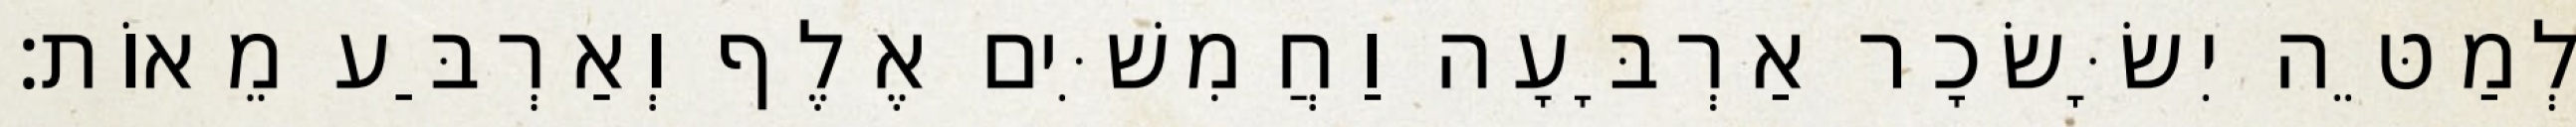
לְמַטֵּה יִשָּׂשׂכָר אַרְבָּעָה וַחֲמִשִּׁים אֶלֶף וְאַרְבַּע מֵאוֹת׃